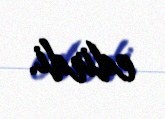
edirdi.